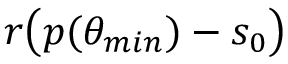
r \big ( p ( \theta _ { m i n } ) - s _ { 0 } \big )